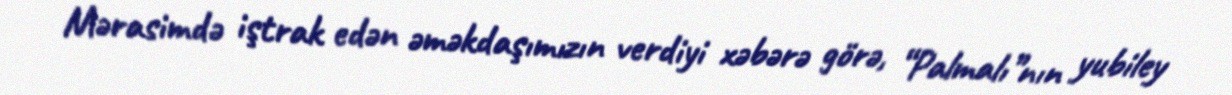
Mərasimdə iştrak edən əməkdaşımızın verdiyi xəbərə görə, “Palmalı”nın yubiley